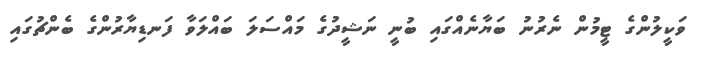
ވަކީލުންގެ ޓީމުން ނެރުނު ބަޔާނެއްގައި ބުނީ ނަޝީދުގެ މައްސަލަ ބައްލަވާ ފަނޑިޔާރުންގެ ބެންޗުގައި